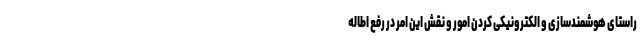
راستای هوشمندسازی و الکترونیکی کردن امور و نقش این امر در رفع اطاله